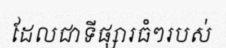
ដែលជាទីផ្សារធំៗរបស់